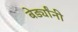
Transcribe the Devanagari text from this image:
बेर्ड्यांनी